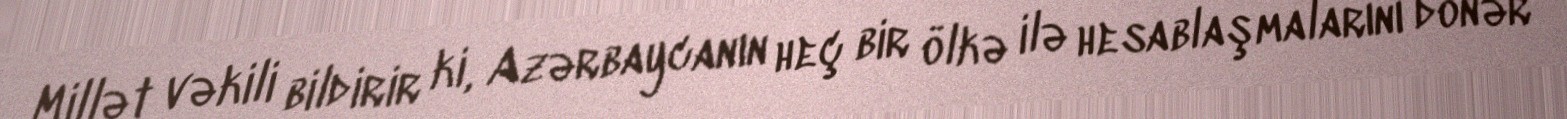
Millət vəkili bildirir ki, Azərbaycanın heç bir ölkə ilə hesablaşmalarını dönər